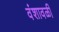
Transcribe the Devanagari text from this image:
वंशावळी